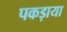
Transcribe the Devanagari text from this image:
पकड़ाया